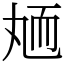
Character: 䎠